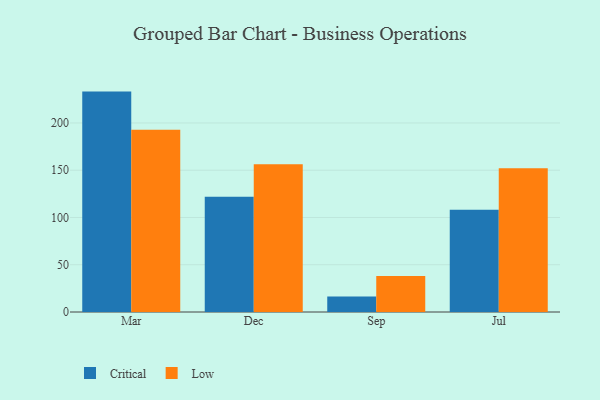
{"axis": {"x": "Month", "y": "Temperature (°C)"}, "legend": ["Critical", "Low"], "data": [{"x": "Mar", "y": 233.2, "type": "Critical"}, {"x": "Mar", "y": 192.8, "type": "Low"}, {"x": "Dec", "y": 121.9, "type": "Critical"}, {"x": "Dec", "y": 156.2, "type": "Low"}, {"x": "Sep", "y": 16.5, "type": "Critical"}, {"x": "Sep", "y": 38.2, "type": "Low"}, {"x": "Jul", "y": 108.2, "type": "Critical"}, {"x": "Jul", "y": 152.0, "type": "Low"}]}